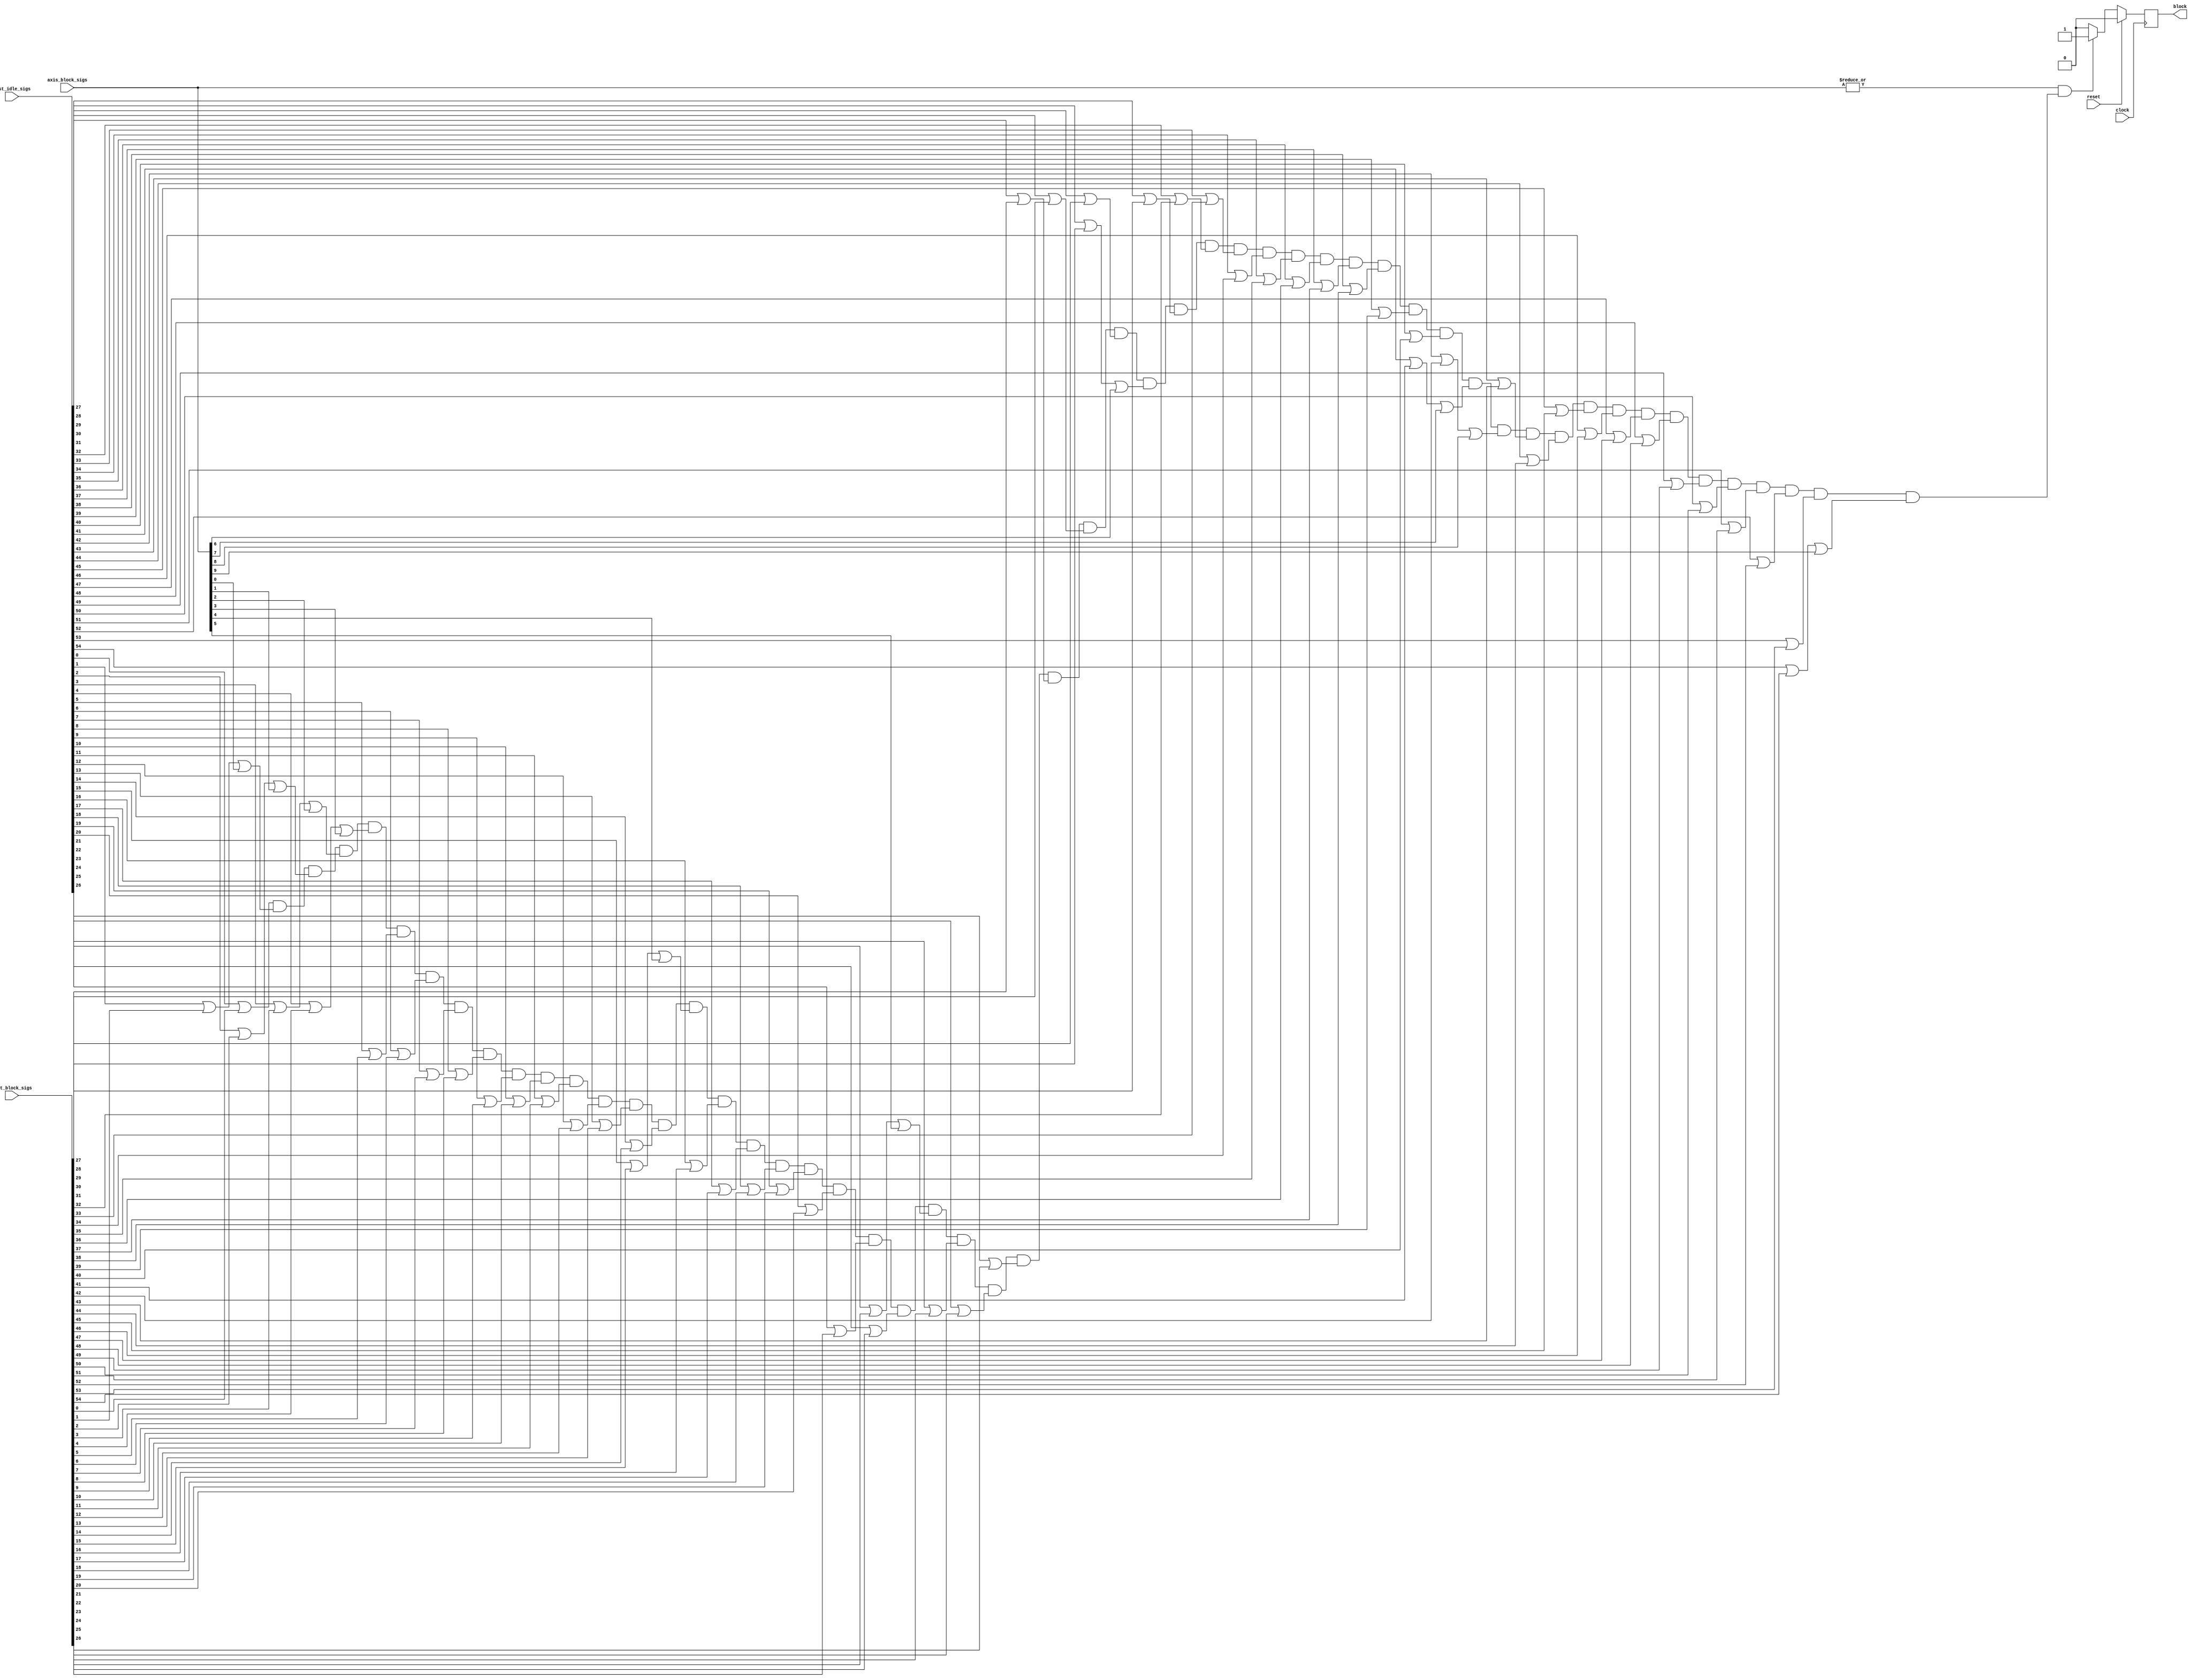
`timescale 1 ns / 1 ps

module rocev2_top_hls_deadlock_idx0_monitor ( // for module rocev2_top_rocev2_top_inst
    input wire clock,
    input wire reset,
    input wire [9:0] axis_block_sigs,
    input wire [65:0] inst_idle_sigs,
    input wire [54:0] inst_block_sigs,
    output wire block
);

// signal declare
reg monitor_find_block;
wire idx1_block;
wire idx2_block;
wire idx7_block;
wire idx10_block;
wire idx6_block;
wire idx8_block;
wire idx4_block;
wire idx3_block;
wire idx5_block;
wire idx9_block;
wire [54:0] process_idle_vec;
wire [54:0] process_chan_block_vec;
wire [54:0] process_axis_block_vec;
wire df_has_axis_block;
wire all_process_stop;

assign block = monitor_find_block;
assign idx1_block = axis_block_sigs[0];
assign idx2_block = axis_block_sigs[1];
assign idx7_block = axis_block_sigs[6];
assign idx10_block = axis_block_sigs[9];
assign idx6_block = axis_block_sigs[5];
assign idx8_block = axis_block_sigs[7];
assign idx4_block = axis_block_sigs[3];
assign idx3_block = axis_block_sigs[2];
assign idx5_block = axis_block_sigs[4];
assign idx9_block = axis_block_sigs[8];
assign process_axis_block_vec[0] = 1'b0;
assign process_idle_vec[0] = inst_idle_sigs[0];
assign process_chan_block_vec[0] = inst_block_sigs[0];
assign process_axis_block_vec[1] = idx1_block & (1'b0 | axis_block_sigs[0]);
assign process_idle_vec[1] = inst_idle_sigs[1];
assign process_chan_block_vec[1] = inst_block_sigs[1];
assign process_axis_block_vec[2] = idx2_block & (1'b0 | axis_block_sigs[1]);
assign process_idle_vec[2] = inst_idle_sigs[2];
assign process_chan_block_vec[2] = inst_block_sigs[2];
assign process_axis_block_vec[3] = idx3_block & (1'b0 | axis_block_sigs[2]);
assign process_idle_vec[3] = inst_idle_sigs[3];
assign process_chan_block_vec[3] = inst_block_sigs[3];
assign process_axis_block_vec[4] = idx4_block & (1'b0 | axis_block_sigs[3]);
assign process_idle_vec[4] = inst_idle_sigs[4];
assign process_chan_block_vec[4] = inst_block_sigs[4];
assign process_axis_block_vec[5] = 1'b0;
assign process_idle_vec[5] = inst_idle_sigs[5];
assign process_chan_block_vec[5] = inst_block_sigs[5];
assign process_axis_block_vec[6] = 1'b0;
assign process_idle_vec[6] = inst_idle_sigs[6];
assign process_chan_block_vec[6] = inst_block_sigs[6];
assign process_axis_block_vec[7] = 1'b0;
assign process_idle_vec[7] = inst_idle_sigs[7];
assign process_chan_block_vec[7] = inst_block_sigs[7];
assign process_axis_block_vec[8] = 1'b0;
assign process_idle_vec[8] = inst_idle_sigs[8];
assign process_chan_block_vec[8] = inst_block_sigs[8];
assign process_axis_block_vec[9] = 1'b0;
assign process_idle_vec[9] = inst_idle_sigs[9];
assign process_chan_block_vec[9] = inst_block_sigs[9];
assign process_axis_block_vec[10] = 1'b0;
assign process_idle_vec[10] = inst_idle_sigs[10];
assign process_chan_block_vec[10] = inst_block_sigs[10];
assign process_axis_block_vec[11] = 1'b0;
assign process_idle_vec[11] = inst_idle_sigs[11];
assign process_chan_block_vec[11] = inst_block_sigs[11];
assign process_axis_block_vec[12] = 1'b0;
assign process_idle_vec[12] = inst_idle_sigs[12];
assign process_chan_block_vec[12] = inst_block_sigs[12];
assign process_axis_block_vec[13] = 1'b0;
assign process_idle_vec[13] = inst_idle_sigs[13];
assign process_chan_block_vec[13] = inst_block_sigs[13];
assign process_axis_block_vec[14] = 1'b0;
assign process_idle_vec[14] = inst_idle_sigs[14];
assign process_chan_block_vec[14] = inst_block_sigs[14];
assign process_axis_block_vec[15] = idx5_block & (1'b0 | axis_block_sigs[4]);
assign process_idle_vec[15] = inst_idle_sigs[15];
assign process_chan_block_vec[15] = inst_block_sigs[15];
assign process_axis_block_vec[16] = 1'b0;
assign process_idle_vec[16] = inst_idle_sigs[16];
assign process_chan_block_vec[16] = inst_block_sigs[16];
assign process_axis_block_vec[17] = 1'b0;
assign process_idle_vec[17] = inst_idle_sigs[17];
assign process_chan_block_vec[17] = inst_block_sigs[17];
assign process_axis_block_vec[18] = 1'b0;
assign process_idle_vec[18] = inst_idle_sigs[18];
assign process_chan_block_vec[18] = inst_block_sigs[18];
assign process_axis_block_vec[19] = 1'b0;
assign process_idle_vec[19] = inst_idle_sigs[19];
assign process_chan_block_vec[19] = inst_block_sigs[19];
assign process_axis_block_vec[20] = 1'b0;
assign process_idle_vec[20] = inst_idle_sigs[20];
assign process_chan_block_vec[20] = inst_block_sigs[20];
assign process_axis_block_vec[21] = 1'b0;
assign process_idle_vec[21] = inst_idle_sigs[21];
assign process_chan_block_vec[21] = inst_block_sigs[21];
assign process_axis_block_vec[22] = 1'b0;
assign process_idle_vec[22] = inst_idle_sigs[22];
assign process_chan_block_vec[22] = inst_block_sigs[22];
assign process_axis_block_vec[23] = idx6_block & (1'b0 | axis_block_sigs[5]);
assign process_idle_vec[23] = inst_idle_sigs[23];
assign process_chan_block_vec[23] = inst_block_sigs[23];
assign process_axis_block_vec[24] = 1'b0;
assign process_idle_vec[24] = inst_idle_sigs[24];
assign process_chan_block_vec[24] = inst_block_sigs[24];
assign process_axis_block_vec[25] = 1'b0;
assign process_idle_vec[25] = inst_idle_sigs[25];
assign process_chan_block_vec[25] = inst_block_sigs[25];
assign process_axis_block_vec[26] = 1'b0;
assign process_idle_vec[26] = inst_idle_sigs[26];
assign process_chan_block_vec[26] = inst_block_sigs[26];
assign process_axis_block_vec[27] = 1'b0;
assign process_idle_vec[27] = inst_idle_sigs[27];
assign process_chan_block_vec[27] = inst_block_sigs[27];
assign process_axis_block_vec[28] = 1'b0;
assign process_idle_vec[28] = inst_idle_sigs[28];
assign process_chan_block_vec[28] = inst_block_sigs[28];
assign process_axis_block_vec[29] = 1'b0;
assign process_idle_vec[29] = inst_idle_sigs[29];
assign process_chan_block_vec[29] = inst_block_sigs[29];
assign process_axis_block_vec[30] = idx7_block & (1'b0 | axis_block_sigs[6]);
assign process_idle_vec[30] = inst_idle_sigs[30];
assign process_chan_block_vec[30] = inst_block_sigs[30];
assign process_axis_block_vec[31] = 1'b0;
assign process_idle_vec[31] = inst_idle_sigs[31];
assign process_chan_block_vec[31] = inst_block_sigs[31];
assign process_axis_block_vec[32] = 1'b0;
assign process_idle_vec[32] = inst_idle_sigs[32];
assign process_chan_block_vec[32] = inst_block_sigs[32];
assign process_axis_block_vec[33] = 1'b0;
assign process_idle_vec[33] = inst_idle_sigs[33];
assign process_chan_block_vec[33] = inst_block_sigs[33];
assign process_axis_block_vec[34] = 1'b0;
assign process_idle_vec[34] = inst_idle_sigs[34];
assign process_chan_block_vec[34] = inst_block_sigs[34];
assign process_axis_block_vec[35] = 1'b0;
assign process_idle_vec[35] = inst_idle_sigs[35];
assign process_chan_block_vec[35] = inst_block_sigs[35];
assign process_axis_block_vec[36] = 1'b0;
assign process_idle_vec[36] = inst_idle_sigs[36];
assign process_chan_block_vec[36] = inst_block_sigs[36];
assign process_axis_block_vec[37] = 1'b0;
assign process_idle_vec[37] = inst_idle_sigs[37];
assign process_chan_block_vec[37] = inst_block_sigs[37];
assign process_axis_block_vec[38] = 1'b0;
assign process_idle_vec[38] = inst_idle_sigs[38];
assign process_chan_block_vec[38] = inst_block_sigs[38];
assign process_axis_block_vec[39] = 1'b0;
assign process_idle_vec[39] = inst_idle_sigs[39];
assign process_chan_block_vec[39] = inst_block_sigs[39];
assign process_axis_block_vec[40] = 1'b0;
assign process_idle_vec[40] = inst_idle_sigs[40];
assign process_chan_block_vec[40] = inst_block_sigs[40];
assign process_axis_block_vec[41] = idx8_block & (1'b0 | axis_block_sigs[7]);
assign process_idle_vec[41] = inst_idle_sigs[41];
assign process_chan_block_vec[41] = inst_block_sigs[41];
assign process_axis_block_vec[42] = idx9_block & (1'b0 | axis_block_sigs[8]);
assign process_idle_vec[42] = inst_idle_sigs[42];
assign process_chan_block_vec[42] = inst_block_sigs[42];
assign process_axis_block_vec[43] = 1'b0;
assign process_idle_vec[43] = inst_idle_sigs[43];
assign process_chan_block_vec[43] = inst_block_sigs[43];
assign process_axis_block_vec[44] = 1'b0;
assign process_idle_vec[44] = inst_idle_sigs[44];
assign process_chan_block_vec[44] = inst_block_sigs[44];
assign process_axis_block_vec[45] = 1'b0;
assign process_idle_vec[45] = inst_idle_sigs[45];
assign process_chan_block_vec[45] = inst_block_sigs[45];
assign process_axis_block_vec[46] = 1'b0;
assign process_idle_vec[46] = inst_idle_sigs[46];
assign process_chan_block_vec[46] = inst_block_sigs[46];
assign process_axis_block_vec[47] = 1'b0;
assign process_idle_vec[47] = inst_idle_sigs[47];
assign process_chan_block_vec[47] = inst_block_sigs[47];
assign process_axis_block_vec[48] = 1'b0;
assign process_idle_vec[48] = inst_idle_sigs[48];
assign process_chan_block_vec[48] = inst_block_sigs[48];
assign process_axis_block_vec[49] = 1'b0;
assign process_idle_vec[49] = inst_idle_sigs[49];
assign process_chan_block_vec[49] = inst_block_sigs[49];
assign process_axis_block_vec[50] = 1'b0;
assign process_idle_vec[50] = inst_idle_sigs[50];
assign process_chan_block_vec[50] = inst_block_sigs[50];
assign process_axis_block_vec[51] = 1'b0;
assign process_idle_vec[51] = inst_idle_sigs[51];
assign process_chan_block_vec[51] = inst_block_sigs[51];
assign process_axis_block_vec[52] = 1'b0;
assign process_idle_vec[52] = inst_idle_sigs[52];
assign process_chan_block_vec[52] = inst_block_sigs[52];
assign process_axis_block_vec[53] = 1'b0;
assign process_idle_vec[53] = inst_idle_sigs[53];
assign process_chan_block_vec[53] = inst_block_sigs[53];
assign process_axis_block_vec[54] = idx10_block & (1'b0 | axis_block_sigs[9]);
assign process_idle_vec[54] = inst_idle_sigs[54];
assign process_chan_block_vec[54] = inst_block_sigs[54];
assign df_has_axis_block = |{process_axis_block_vec};
assign all_process_stop = (process_idle_vec[0] | process_chan_block_vec[0] | process_axis_block_vec[0]) & (process_idle_vec[1] | process_chan_block_vec[1] | process_axis_block_vec[1]) & (process_idle_vec[2] | process_chan_block_vec[2] | process_axis_block_vec[2]) & (process_idle_vec[3] | process_chan_block_vec[3] | process_axis_block_vec[3]) & (process_idle_vec[4] | process_chan_block_vec[4] | process_axis_block_vec[4]) & (process_idle_vec[5] | process_chan_block_vec[5] | process_axis_block_vec[5]) & (process_idle_vec[6] | process_chan_block_vec[6] | process_axis_block_vec[6]) & (process_idle_vec[7] | process_chan_block_vec[7] | process_axis_block_vec[7]) & (process_idle_vec[8] | process_chan_block_vec[8] | process_axis_block_vec[8]) & (process_idle_vec[9] | process_chan_block_vec[9] | process_axis_block_vec[9]) & (process_idle_vec[10] | process_chan_block_vec[10] | process_axis_block_vec[10]) & (process_idle_vec[11] | process_chan_block_vec[11] | process_axis_block_vec[11]) & (process_idle_vec[12] | process_chan_block_vec[12] | process_axis_block_vec[12]) & (process_idle_vec[13] | process_chan_block_vec[13] | process_axis_block_vec[13]) & (process_idle_vec[14] | process_chan_block_vec[14] | process_axis_block_vec[14]) & (process_idle_vec[15] | process_chan_block_vec[15] | process_axis_block_vec[15]) & (process_idle_vec[16] | process_chan_block_vec[16] | process_axis_block_vec[16]) & (process_idle_vec[17] | process_chan_block_vec[17] | process_axis_block_vec[17]) & (process_idle_vec[18] | process_chan_block_vec[18] | process_axis_block_vec[18]) & (process_idle_vec[19] | process_chan_block_vec[19] | process_axis_block_vec[19]) & (process_idle_vec[20] | process_chan_block_vec[20] | process_axis_block_vec[20]) & (process_idle_vec[21] | process_chan_block_vec[21] | process_axis_block_vec[21]) & (process_idle_vec[22] | process_chan_block_vec[22] | process_axis_block_vec[22]) & (process_idle_vec[23] | process_chan_block_vec[23] | process_axis_block_vec[23]) & (process_idle_vec[24] | process_chan_block_vec[24] | process_axis_block_vec[24]) & (process_idle_vec[25] | process_chan_block_vec[25] | process_axis_block_vec[25]) & (process_idle_vec[26] | process_chan_block_vec[26] | process_axis_block_vec[26]) & (process_idle_vec[27] | process_chan_block_vec[27] | process_axis_block_vec[27]) & (process_idle_vec[28] | process_chan_block_vec[28] | process_axis_block_vec[28]) & (process_idle_vec[29] | process_chan_block_vec[29] | process_axis_block_vec[29]) & (process_idle_vec[30] | process_chan_block_vec[30] | process_axis_block_vec[30]) & (process_idle_vec[31] | process_chan_block_vec[31] | process_axis_block_vec[31]) & (process_idle_vec[32] | process_chan_block_vec[32] | process_axis_block_vec[32]) & (process_idle_vec[33] | process_chan_block_vec[33] | process_axis_block_vec[33]) & (process_idle_vec[34] | process_chan_block_vec[34] | process_axis_block_vec[34]) & (process_idle_vec[35] | process_chan_block_vec[35] | process_axis_block_vec[35]) & (process_idle_vec[36] | process_chan_block_vec[36] | process_axis_block_vec[36]) & (process_idle_vec[37] | process_chan_block_vec[37] | process_axis_block_vec[37]) & (process_idle_vec[38] | process_chan_block_vec[38] | process_axis_block_vec[38]) & (process_idle_vec[39] | process_chan_block_vec[39] | process_axis_block_vec[39]) & (process_idle_vec[40] | process_chan_block_vec[40] | process_axis_block_vec[40]) & (process_idle_vec[41] | process_chan_block_vec[41] | process_axis_block_vec[41]) & (process_idle_vec[42] | process_chan_block_vec[42] | process_axis_block_vec[42]) & (process_idle_vec[43] | process_chan_block_vec[43] | process_axis_block_vec[43]) & (process_idle_vec[44] | process_chan_block_vec[44] | process_axis_block_vec[44]) & (process_idle_vec[45] | process_chan_block_vec[45] | process_axis_block_vec[45]) & (process_idle_vec[46] | process_chan_block_vec[46] | process_axis_block_vec[46]) & (process_idle_vec[47] | process_chan_block_vec[47] | process_axis_block_vec[47]) & (process_idle_vec[48] | process_chan_block_vec[48] | process_axis_block_vec[48]) & (process_idle_vec[49] | process_chan_block_vec[49] | process_axis_block_vec[49]) & (process_idle_vec[50] | process_chan_block_vec[50] | process_axis_block_vec[50]) & (process_idle_vec[51] | process_chan_block_vec[51] | process_axis_block_vec[51]) & (process_idle_vec[52] | process_chan_block_vec[52] | process_axis_block_vec[52]) & (process_idle_vec[53] | process_chan_block_vec[53] | process_axis_block_vec[53]) & (process_idle_vec[54] | process_chan_block_vec[54] | process_axis_block_vec[54]);

always @(posedge clock) begin
    if (reset == 1'b1)
        monitor_find_block <= 1'b0;
    else if (df_has_axis_block == 1'b1 && all_process_stop == 1'b1)
        monitor_find_block <= 1'b1;
    else
        monitor_find_block <= 1'b0;
end


// instant sub module
endmodule